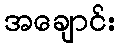
အချောင်း